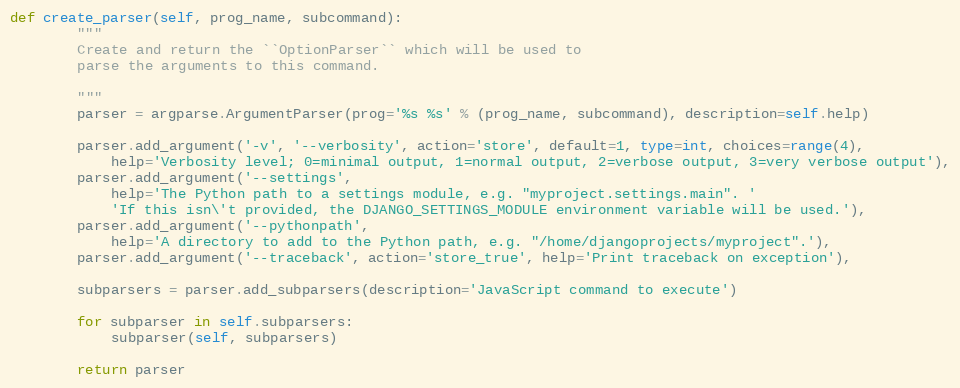
Language: Python
def create_parser(self, prog_name, subcommand):
        """
        Create and return the ``OptionParser`` which will be used to
        parse the arguments to this command.

        """
        parser = argparse.ArgumentParser(prog='%s %s' % (prog_name, subcommand), description=self.help)

        parser.add_argument('-v', '--verbosity', action='store', default=1, type=int, choices=range(4),
            help='Verbosity level; 0=minimal output, 1=normal output, 2=verbose output, 3=very verbose output'),
        parser.add_argument('--settings',
            help='The Python path to a settings module, e.g. "myproject.settings.main". '
            'If this isn\'t provided, the DJANGO_SETTINGS_MODULE environment variable will be used.'),
        parser.add_argument('--pythonpath',
            help='A directory to add to the Python path, e.g. "/home/djangoprojects/myproject".'),
        parser.add_argument('--traceback', action='store_true', help='Print traceback on exception'),

        subparsers = parser.add_subparsers(description='JavaScript command to execute')

        for subparser in self.subparsers:
            subparser(self, subparsers)

        return parser